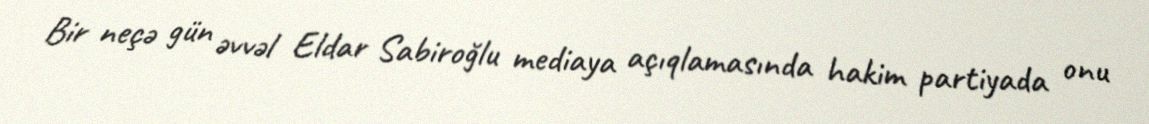
Bir neçə gün əvvəl Eldar Sabiroğlu mediaya açıqlamasında hakim partiyada onu